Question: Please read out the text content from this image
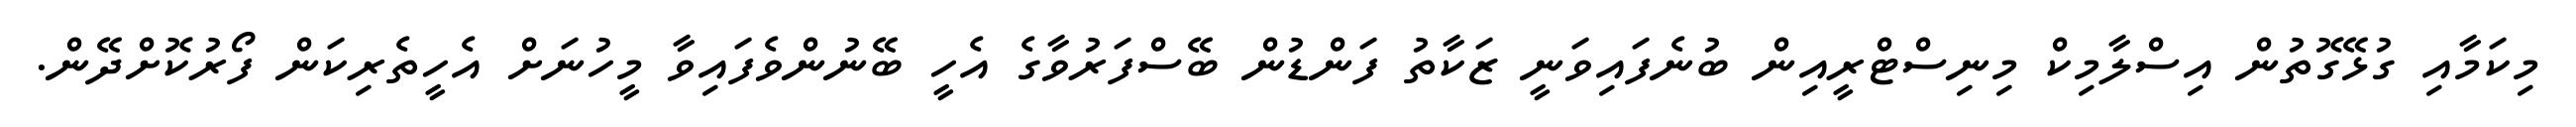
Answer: މިކަމާއި ގުޅޭގޮތުން އިސްލާމިކް މިނިސްޓްރީއިން ބުނެފައިވަނީ ޒަކާތު ފަންޑުން ބޭސްފަރުވާގެ އެހީ ބޭނުންވެފައިވާ މީހުނަށް އެހީތެރިކަން ފޯރުކޮށްދޭން.